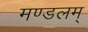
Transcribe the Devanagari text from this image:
मण्डलम्